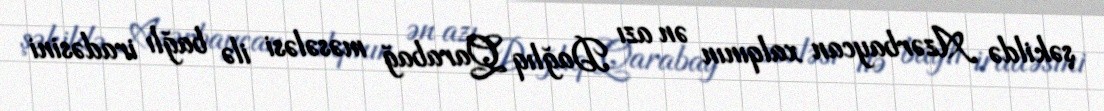
şəkildə Azərbaycan xalqının ən azı Dağlıq Qarabağ məsələsi ilə bağlı iradəsini